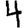
Digit: 4